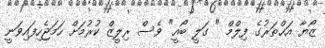
ޒޯޔާ އަޚްތަރުގެ ފިލްމް " ގަލީ ބޯއީ" ވެސް ރިލީޒް ކުރުމަށް ހަމަޖެހިފައިވަނީ